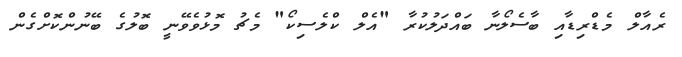
ރެއާލް މެޑްރިޑާއި ބާސެލޯނާ ބައްދަލުކުރާ "އެލް ކްލެސިކޯ" މެޗު މޮޅުވެވޭނީ ބޮލުގެ ބޭނުންކޮށްގެން